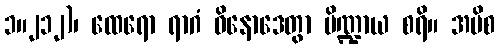
၁။၂၁၂)၊ ထေရော ရာဂံ ဝိနောဒေတွာ ပိဏ္ဍာယ စရိ။ အပိစ